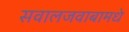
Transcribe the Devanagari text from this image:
सवालजवाबामधे